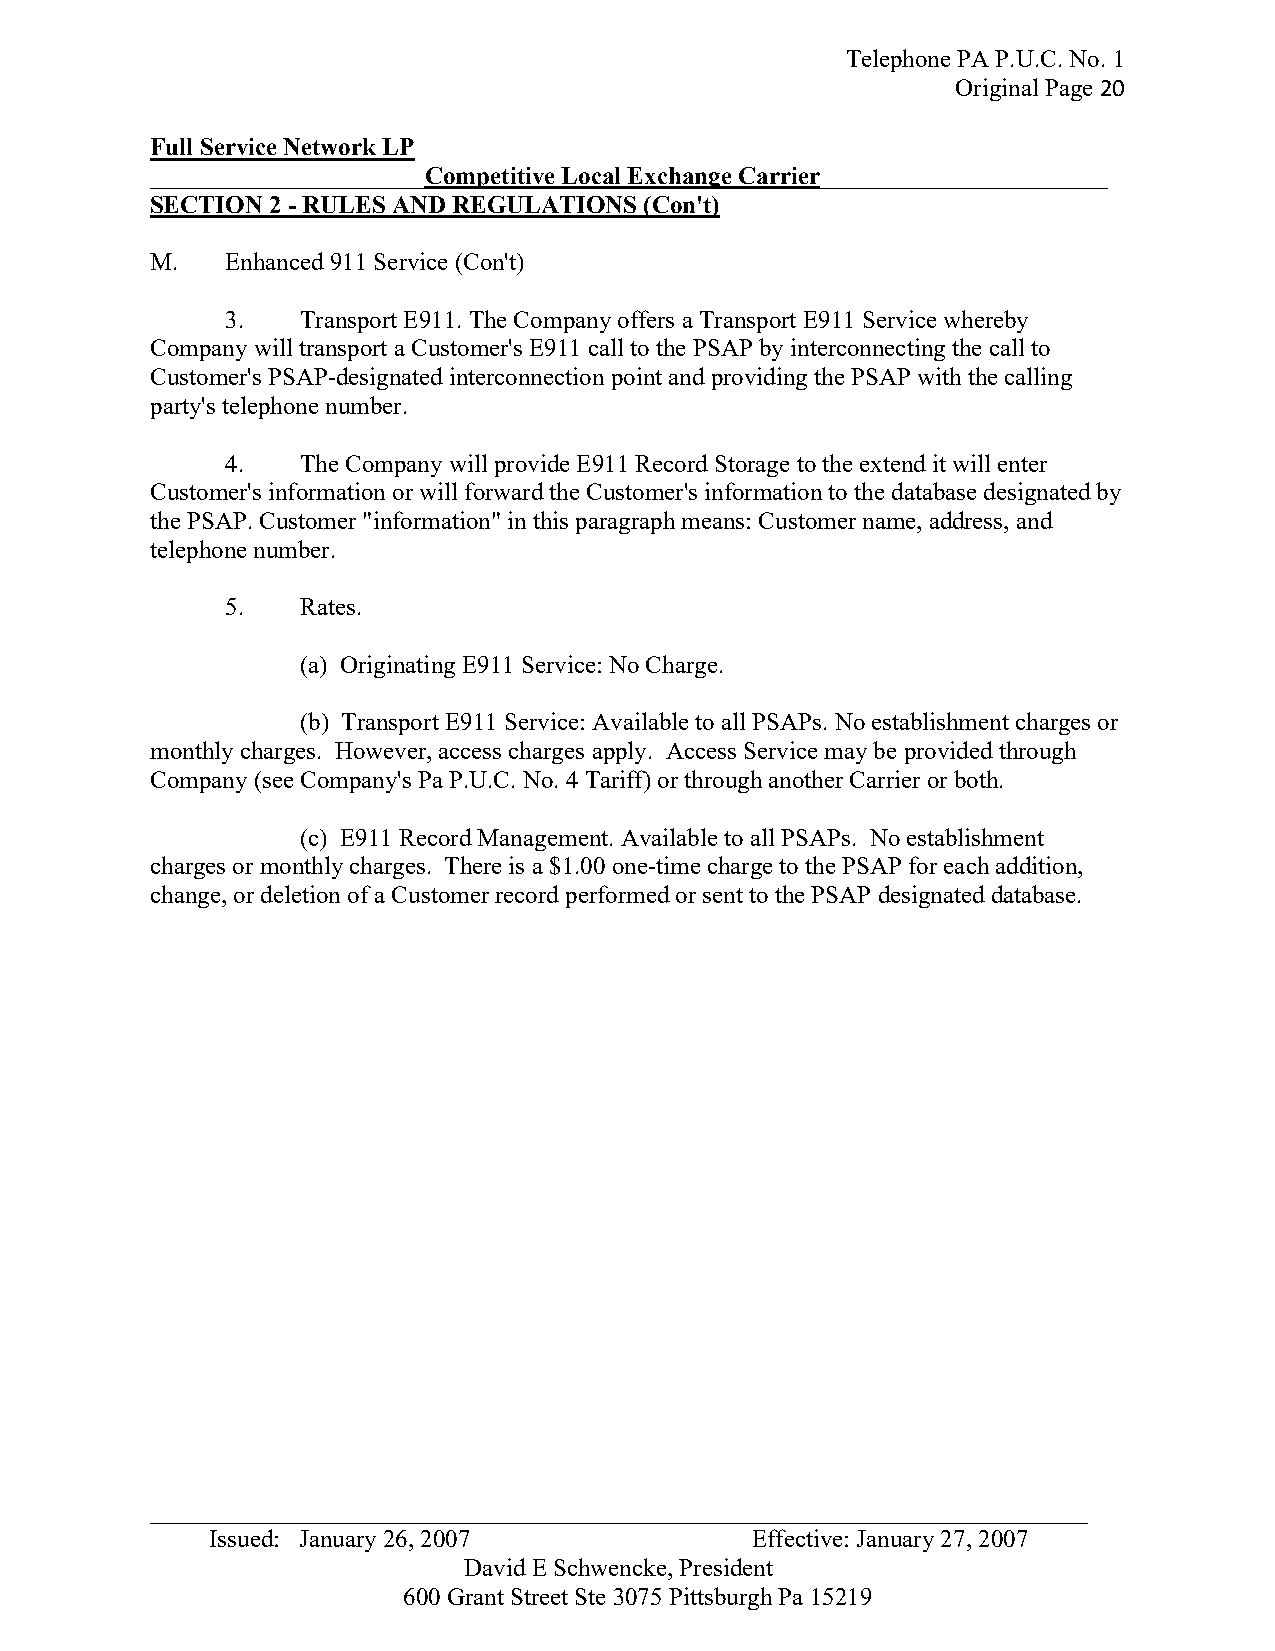
Telephone PA P.U.C. No. 1
 Original Page 20
 Full Service Network LP
 ______________________Competitive Local Exchange Carrier_______________________
 SECTION 2 - RULES AND REGULATIONS (Con't)
 M.   Enhanced 911 Service (Con't)
 3.   Transport E911. The Company offers a Transport E911 Service whereby
 Company will transport a Customer's E911 call to the PSAP by interconnecting the call to
 Customer's PSAP-designated interconnection point and providing the PSAP with the calling
 party's telephone number.
 4.   The Company will provide E911 Record Storage to the extend it will enter
 Customer's information or will forward the Customer's information to the database designated by
 the PSAP. Customer "information" in this paragraph means: Customer name, address, and
 telephone number.
 5.   Rates.
 (a) Originating E911 Service: No Charge.
 (b) Transport E911 Service: Available to all PSAPs. No establishment charges or
 monthly charges. However, access charges apply. Access Service may be provided through
 Company (see Company's Pa P.U.C. No. 4 Tariff) or through another Carrier or both.
 (c) E911 Record Management. Available to all PSAPs. No establishment
 charges or monthly charges. There is a $1.00 one-time charge to the PSAP for each addition,
 change, or deletion of a Customer record performed or sent to the PSAP designated database.
 _ __________________________________________________________________________
 Issued: January 26, 2007            Effective: January 27, 2007
 David E Schwencke, President
 600 Grant Street Ste 3075 Pittsburgh Pa 15219